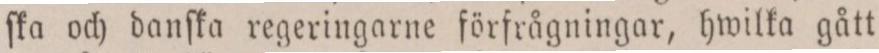
ſka och danſka regeringarne förfrågningar, hwilka gått